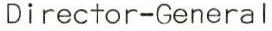
Director-General